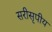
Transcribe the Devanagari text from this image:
सरीसृपीय